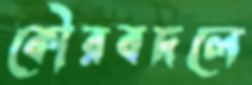
কৌরবদলে